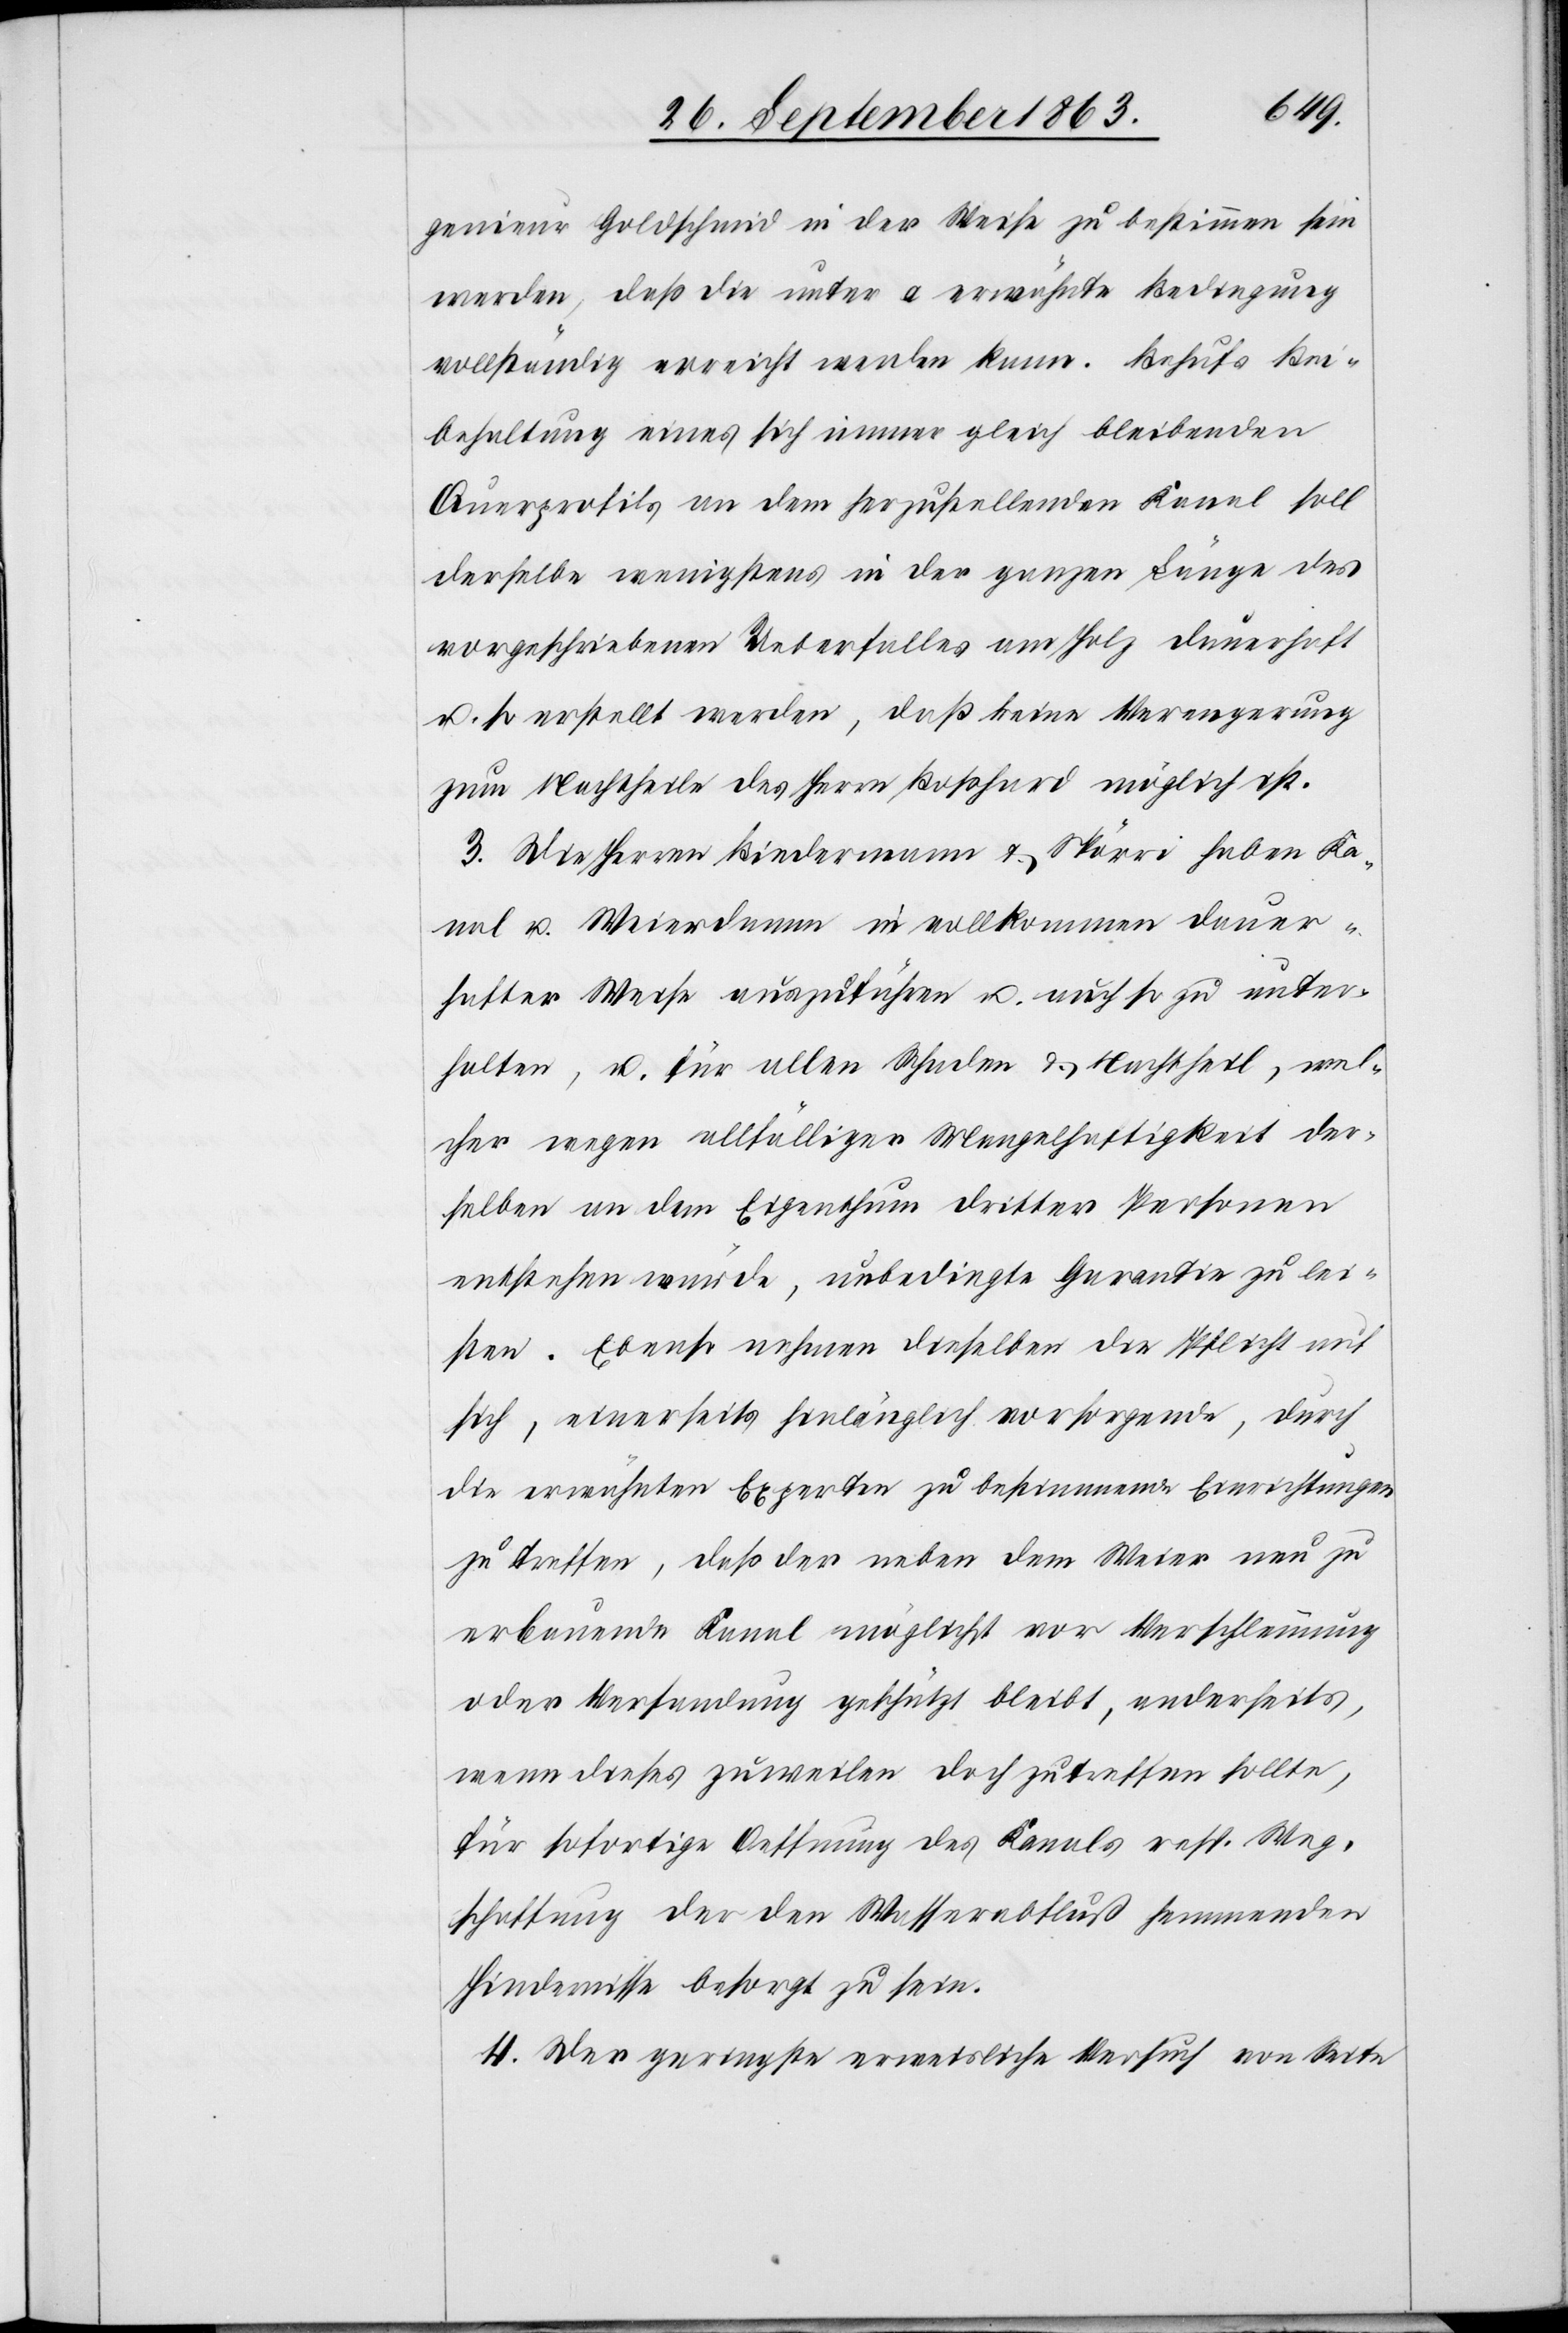
genieur Goldschmid in der Weise zu bestimmen sein
werden, daß die unter a erwähnte Bedingung
vollständig erreicht werden kann. Behufs Bei¬
behaltung eines sich immer gleich bleibenden
Querprofils an dem herzustellenden Kanal soll
derselbe wenigstens in der ganzen Länge des
vorgeschriebenen Ueberfalles am Holz dauerhaft
u. so erstellt werden, daß keine Verengerung
zum Nachtheile des Herrn Boßhard möglich ist.
3. Die Herren Biedermann & Spörri haben Ka¬
nal u. Weierdamm in vollkommen dauer¬
hafter Weise auszuführen u. auch so zu unter¬
halten, u. für allen Schaden & Nachtheil, wel¬
cher wegen allfälliger Mangelhaftigkeit der¬
selben an dem Eigenthum dritter Personen
entstehen würde, unbedingte Garantie zu lei¬
sten. Ebenso nehmen dieselben die Pflicht auf
sich, einerseits hinlänglich vorsorgende, durch
die erwähnten Experten zu bestimmende Einrichtungen
zu treffen, daß der neben dem Weier neu zu
erbauende Kanal möglichst vor Verschlammung
oder Versandung geschützt bleibt, anderseits,
wenn dieses zuweilen doch zutreffen sollte,
für sofortige Oeffnung des Kanals resp. Weg¬
schaffung der den Wasserabfluß hemmenden
Hindernisse besorgt zu sein.
4. Der geringste erweisliche Versuch von Seite